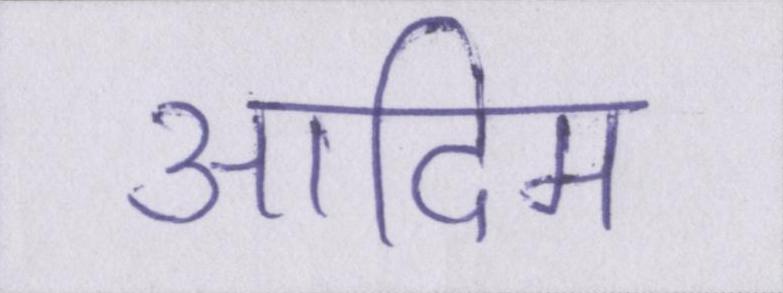
आदिम